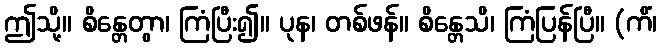
ဤသို့။ စိန္တေတွာ၊ ကြံပြီး၍။ ပုန၊ တစ်ဖန်။ စိန္တေသိ၊ ကြံပြန်ပြီ။ (ကိံ၊